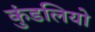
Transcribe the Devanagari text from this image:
कुंडलियो